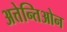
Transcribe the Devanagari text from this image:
अत्तेन्तिओन